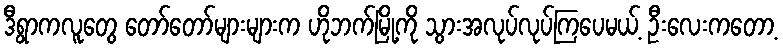
ဒီရွာကလူတွေ တော်တော်များများက ဟိုဘက်မြို့ကို သွားအလုပ်လုပ်ကြပေမယ့် ဦးလေးကတော့